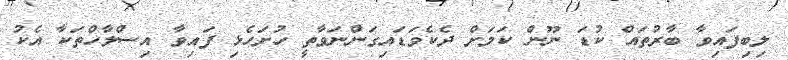
ލިބިފައިވާ ބާރުތައް ކުޑަ ނޫން ކަމަށް ދެކެވަޑައިގަންނަވާތީ ހުށަހެޅި ފައިވާ އިސްލާހްތަކާ އެކު